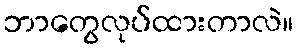
ဘာတွေလုပ်ထားတာလဲ။